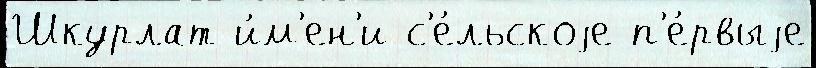
Шкурлат и́м'ен'и с'е́льскоjе п'е́рвыjе